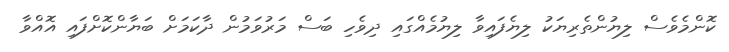
ކޮންމެވެސް ލިޔުންތެރިޔަކު ލިޔެފައިވާ ލިޔުމެއްގައި ދިވެހި ބަސް މަރުވަމުން ދާކަމަށް ބަޔާންކޮށްފައި އޮއްވާ